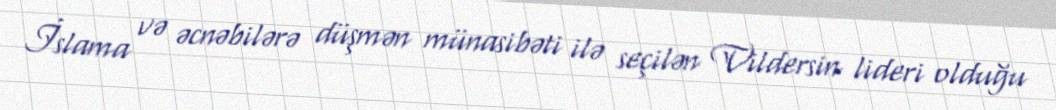
İslama və əcnəbilərə düşmən münasibəti ilə seçilən Vildersin lideri olduğu